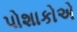
પોશાકોએ